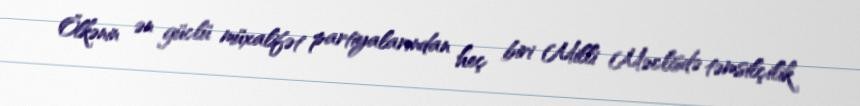
Ölkənin ən güclü müxalifət partiyalarından heç biri Milli Məclisdə təmsilçilik